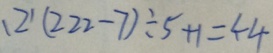
1 2 ^ { \prime } ( 2 2 2 - 7 ) \div 5 + 1 = 4 4